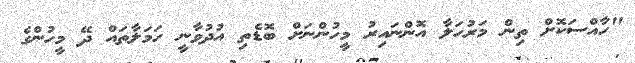
"ހާއްސަކޮށް ތިން މަރުހަލާ އޮންނައިރު މީހުންނަށް ބޮޑެތި އުދުވާނީ ހަމަލާތައް ދޭ މީހުންގެ